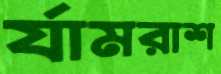
র‍্যামরাশ